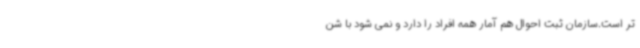
تر است.سازمان ثبت احوال هم آمار همه افراد را دارد و نمی شود با شن